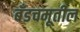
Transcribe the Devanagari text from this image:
बँडचमूतील